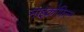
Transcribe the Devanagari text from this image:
माइक्रोफिल्‍म